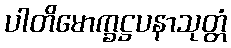
ပါတိမောက္ခဋ္ဌပနာသုတ္တံ